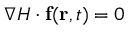
\nabla H \cdot \mathbf { f } ( \mathbf { r } , t ) = 0